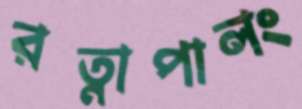
রত্নাপালং